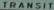
TRANSIT